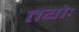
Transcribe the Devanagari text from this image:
तयोः